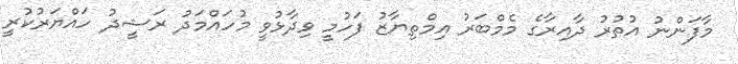
މާފަންނު އުތުރު ދާއިރާގެ މެމްބަރު އިމްތިޔާޒު ފަހުމީ ވިދާޅުވީ މުހައްމަދު ރަޝީދު ހައްޔަރުކުރީ